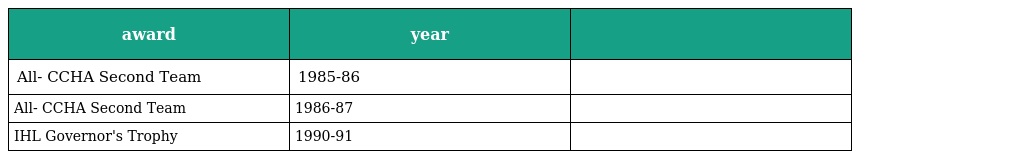
| award | year |  |
 | --- | --- | --- |
 | All- CCHA Second Team | 1985-86 |  |
 | All- CCHA Second Team | 1986-87 |  |
 | IHL Governor's Trophy | 1990-91 |  |